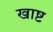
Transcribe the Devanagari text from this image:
खाष्ट